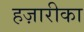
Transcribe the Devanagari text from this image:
हज़ारीका